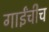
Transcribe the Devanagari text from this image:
गाईंचीच